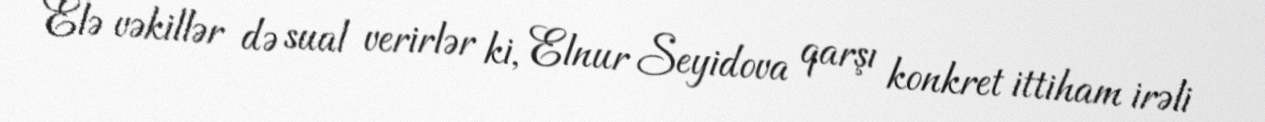
Elə vəkillər də sual verirlər ki, Elnur Seyidova qarşı konkret ittiham irəli